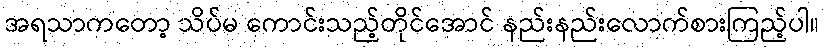
အရသာကတော့ သိပ်မ ကောင်းသည့်တိုင်အောင် နည်းနည်းလောက်စားကြည့်ပါ။